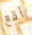
أقع